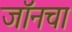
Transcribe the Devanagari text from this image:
जॉनचा